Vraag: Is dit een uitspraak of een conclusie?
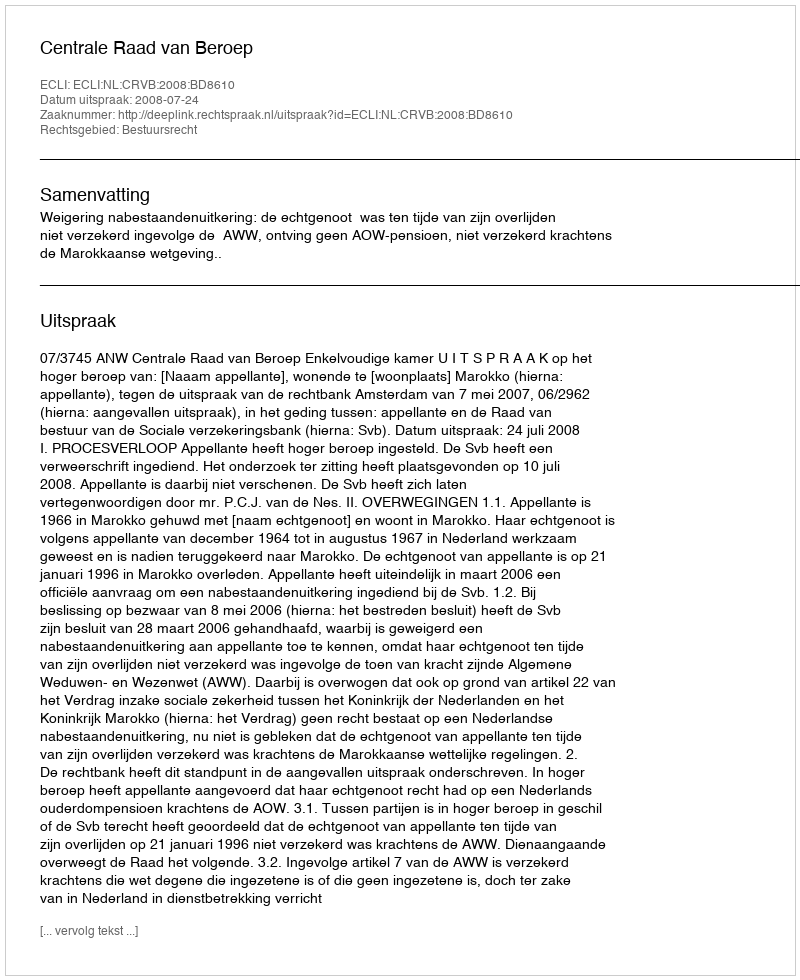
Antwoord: Uitspraak